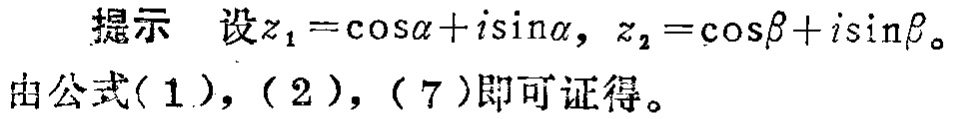
提示 设\(z_{1}=\cos\alpha +i\sin\alpha\)，\(z_{2}=\cos\beta +i\sin\beta\)。
由公式\((1)\)，\((2)\)，\((7)\)即可证得。